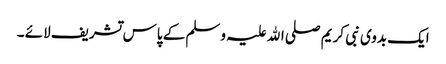
ایک بدوی نبی کریم صلی اﷲ علیہ وسلم کے پاس تشریف لائے ۔